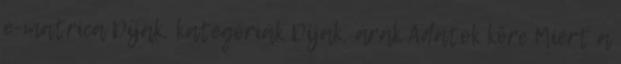
e-matrica Díjak, kategóriák Díjak, árak Adatok köre Miért a